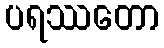
ပရဿတော